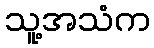
သူ့အသံက